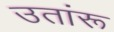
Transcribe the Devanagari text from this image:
उतांरू